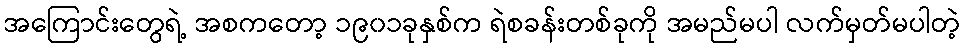
အကြောင်းတွေရဲ့ အစကတော့ ၁၉၀၁ခုနှစ်က ရဲစခန်းတစ်ခုကို အမည်မပါ လက်မှတ်မပါတဲ့